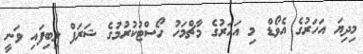
މިދިޔަ އަހަރުގެ އެވޯޑް މި އަހަރުގެ މާޗްމަހު ހޯސްޓުކުރުމުގެ ޝަރަފް ލިބިފައި ވަނީ